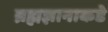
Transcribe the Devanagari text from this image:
ब्रह्मज्ञानाकडे